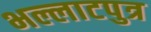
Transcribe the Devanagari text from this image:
भल्लाटपुत्र